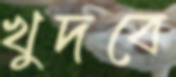
খুদবে